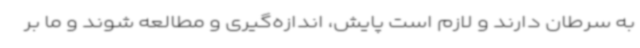
به سرطان دارند و لازم است پایش، اندازه‌گیری و مطالعه شوند و ما بر